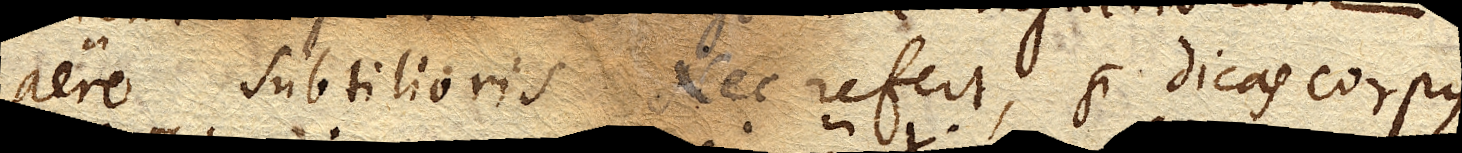
aere subtilioris. Nec refert, si dicas corpus